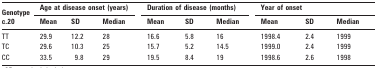
<table><thead><tr><td rowspan="2"><b>Genotype c.20</b></td><td colspan="3"><b>Age at disease onset (years)</b></td><td colspan="3"><b>Duration of disease (months)</b></td><td colspan="3"><b>Year of onset</b></td></tr><tr><td><b>Mean</b></td><td><b>SD</b></td><td><b>Median</b></td><td><b>Mean</b></td><td><b>SD</b></td><td><b>Median</b></td><td><b>Mean</b></td><td><b>SD</b></td><td><b>Median</b></td></tr></thead><tbody><tr><td>TT</td><td>29.9</td><td>12.2</td><td>28</td><td>16.6</td><td>5.8</td><td>16</td><td>1998.4</td><td>2.4</td><td>1999</td></tr><tr><td>TC</td><td>29.6</td><td>10.3</td><td>25</td><td>15.7</td><td>5.2</td><td>14.5</td><td>1999.0</td><td>2.4</td><td>1999</td></tr><tr><td>CC</td><td>33.5</td><td>9.8</td><td>29</td><td>19.5</td><td>8.4</td><td>19</td><td>1998.6</td><td>2.6</td><td>1998</td></tr></tbody></table>